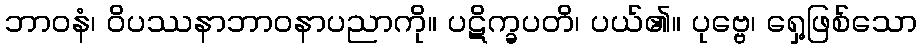
ဘာဝနံ၊ ဝိပဿနာဘာဝနာပညာကို။ ပဋိက္ခပတိ၊ ပယ်၏။ ပုဗ္ဗေ၊ ရှေ့ဖြစ်သော